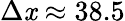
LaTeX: \Delta\mathit{x}\approx38.5